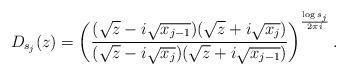
LaTeX: \begin{align*}D_{s_{j}}(z) = \left( \frac{(\sqrt{z}-i\sqrt{x_{j-1}})(\sqrt{z}+i\sqrt{x_{j}})}{(\sqrt{z}-i\sqrt{x_{j}})(\sqrt{z}+i\sqrt{x_{j-1}})} \right)^{\frac{\log s_{j}}{2\pi i}}.\end{align*}